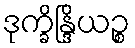
ဒုက္ခိန္ဒြိယဉ္စ